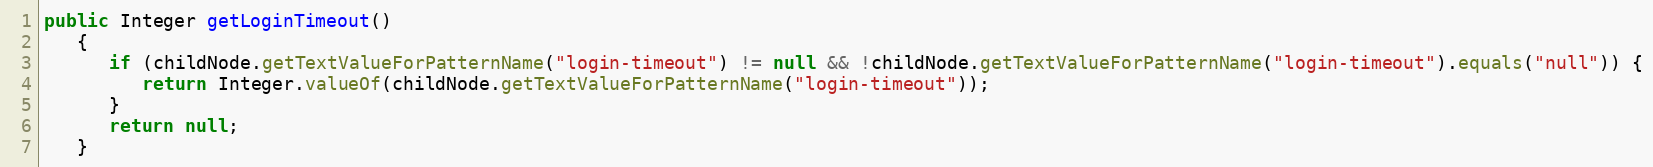
Language: Java
public Integer getLoginTimeout()
   {
      if (childNode.getTextValueForPatternName("login-timeout") != null && !childNode.getTextValueForPatternName("login-timeout").equals("null")) {
         return Integer.valueOf(childNode.getTextValueForPatternName("login-timeout"));
      }
      return null;
   }